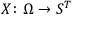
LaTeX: X \colon \Omega \rightarrow S ^ { T }